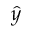
\hat { y }